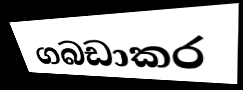
ගබඩාකර